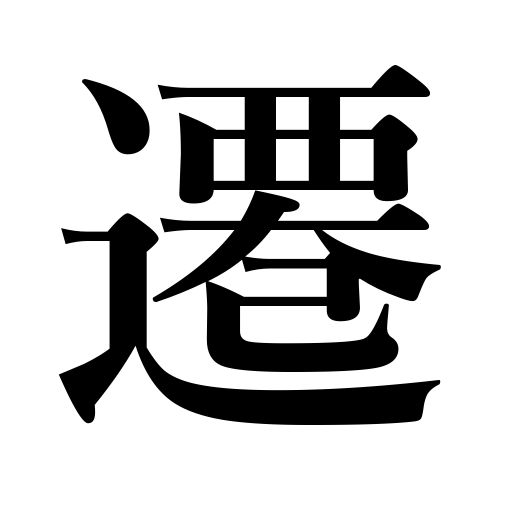
Meanings: shift,be infected,change,drift,catch a cold,catch fire,soak in,move,spread,pass into